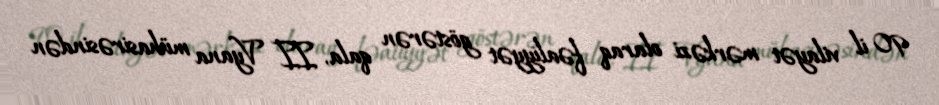
90 il vilayət mərkəzi olaraq fəaliyyət göstərən qala, II Vyana mühasirəsindən